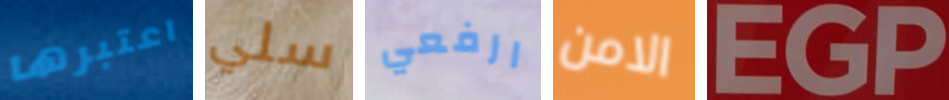
اعتبرها سلي ارفعي الامن EGP